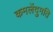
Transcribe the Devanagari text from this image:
कमलेंदुमति